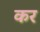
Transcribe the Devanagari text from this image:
कर